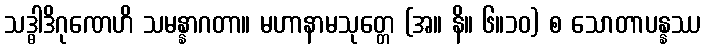
သဒ္ဓါဒိဂုဏေဟိ သမန္နာဂတာ။ မဟာနာမသုတ္တေ (အ။ နိ။ ၆။၁၀) စ သောတာပန္နဿ